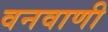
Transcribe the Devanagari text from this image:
वनवाणी